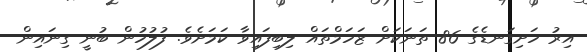
އިރު ހަށިގަނޑެގެ 86 ތަނަކަށް ޒަހަމްތައް ލިބިފައިވާ ކަމަށެވެ. ފުލުހުން ބުނީ ގިނައިން